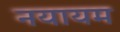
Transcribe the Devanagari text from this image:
नयायम